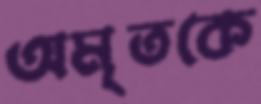
অমৃতকে